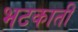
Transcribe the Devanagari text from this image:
भटकाती